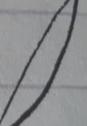
Signature authenticity: forged